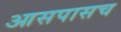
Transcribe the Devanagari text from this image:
आसपासच